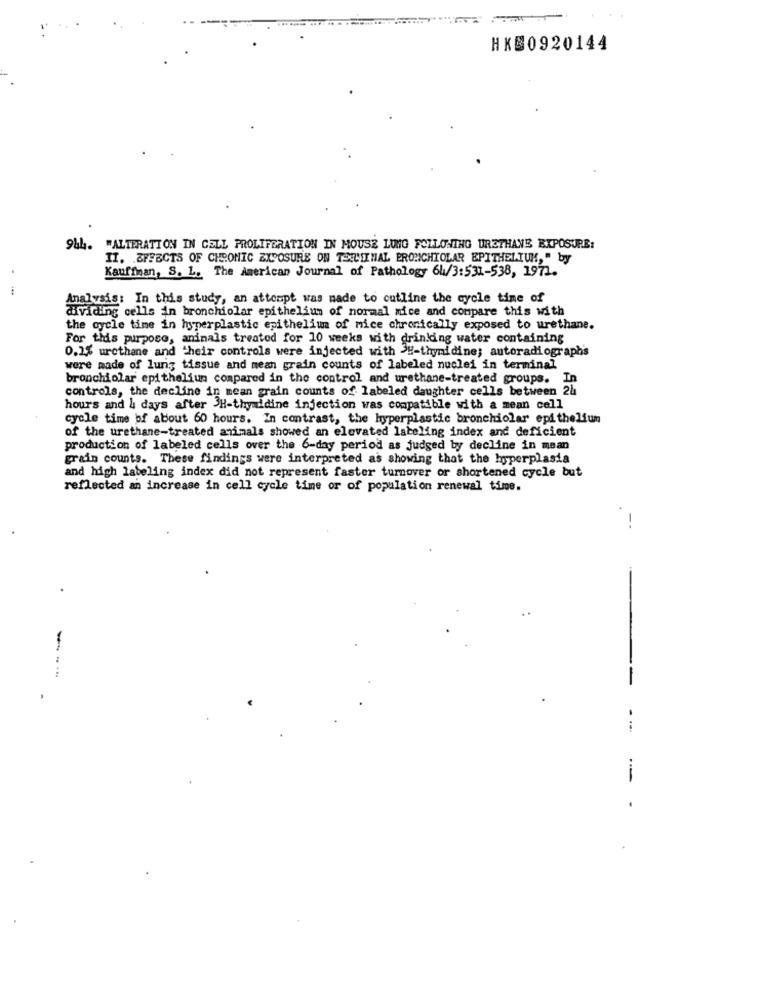
HKS0920144
944. "ALTERATION IN CELL PROLIFERATION IN MOUSE LUNG FOLLOWING URETHANE EXPOSURE:
II. EFFECTS OF CHRONIC EXPOSURE ON TEILSINAL PROMICHIOLAR EPITHELIUM," by
Kauffman, S. L. The American Journal of Pathology 6h/3:531-538, 1971.
...
halvsis: In this study, an attempt was made to cutline the cycle time of
dividing cells in bronchiolar epithelium of normal mice and compare this with
the cycle time in hyperplastic epithelium of mice chronically exposed to urethane.
For this purpose, animals treated for 10 weeks with drinking water containing
0,2% urethane and their controls were injected with 3H-thymidine; autoradiographs
were made of lung tissue and mean grain counts of labeled nuclei in terminal
bronchiolar epithelium compared in the control and urethane-treated groups. In
controls, the decline in mean grain counts of labeled daughter cells between 2h
hours and & days after 3H-thymidine injection was compatible with a mean cell
cycle time bf about 60 hours. In contrast, the hyperplastic bronchiolar epithelium
of the urethane-treated animals showed an elevated labeling index and deficient
production of labeled cells over the 6-day period as judged by decline in mean
grain counts. These findings were interpreted as showing that the hyperplasia
and high labeling index did not represent faster turnover or shortened cycle but
reflected an increase in cell cycle time or of population renewal time.
--
.
----
-